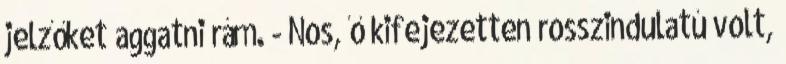
jelzőket aggatni rám. - Nos, ő kifejezetten rosszindulatú volt,